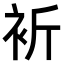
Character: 𧘻